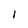
Character: I